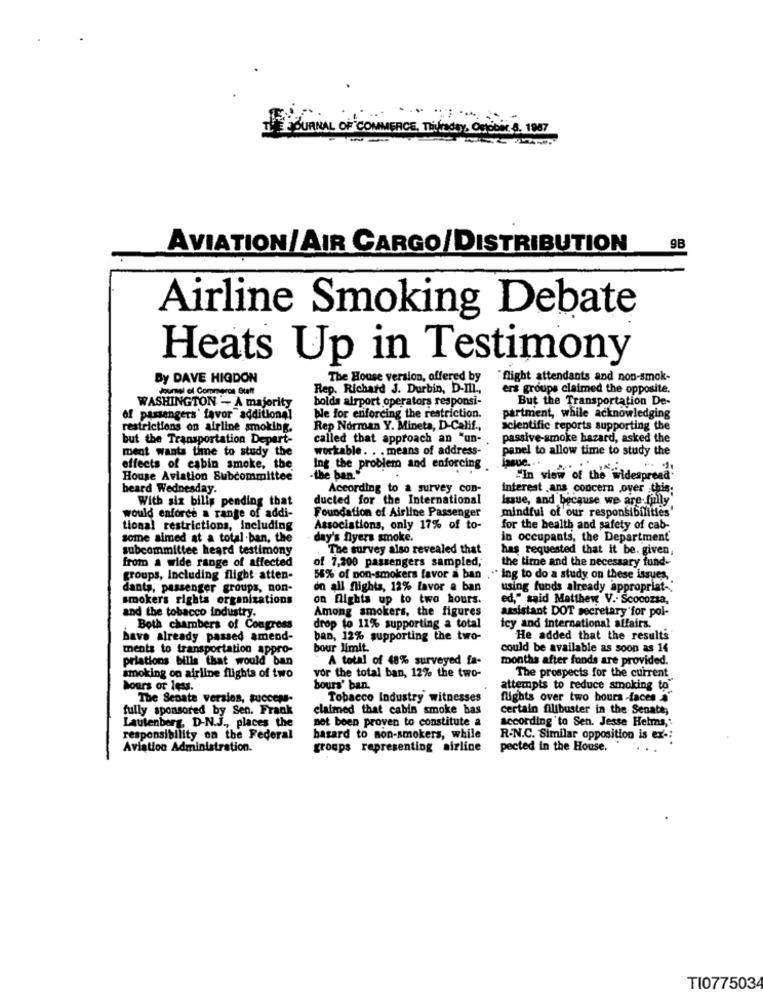
#‘co
IMERCE, Thursday, October 8, 1987
AVIATION/AIR CARGO/DISTRIBUTION
9B
Airline Smoking Debate
Heats Up in Testimony
By DAVE HIGDON
The House version, offered by
"flight attendants and non-smok-
Journal of Commerce Staff
Rep. Richard J. Durbin, D-Ill .,
ers groups claimed the opposite.
bolds airport operators responsi-
But the Transportation De-
WASHINGTON - A majority
of passengers' favor "additional
ble for enforcing the restriction.
partment, while acknowledging
restrictions on airline smoking.
Rep Norman Y. Mineta, D-Calif .,
scientific reports supporting the
but the Transportation Depart-
called that approach an "un-
passive-smoke hazard, asked the
ment wants time to study the
workable. . . means of address-
panel to allow time to study the
aque.
effects of cabin smoke, the
Ing the problem and enforcing
House Aviation Subcommittee
-the ban."
"In view of the widespread'
beard Wednesday.
According to a survey con-
interest .ans concern over this;
With six bills pending that
ducted for the International
issue, and because we are fully
mindful of our responsibilities'
would enforce a range of addi-
Foundation of Airline Passenger
tional restrictions, including
Associations, only 17% of to-
for the health and safety of cab-
some aimed at a total-ban, the
day's flyers smoke.
in occupants, the Department
subcommittee heard testimony
The survey also revealed that
has requested that it be. given;
from a wide range of affected
the time and the necessary fund-
of 7,200 passengers sampled;
groups, Including flight atten-
55% of non-smokers favor a ban ," ing to do a study on these issues,
dants, passenger groups, non-
on all flights, 12% favor a ban
using funds already appropriat-
smokers rights organizations
on flights up to two hours.
ed," said Matthew V .. Scocozza,
Among smokers, the figures
assistant DOT secretary for pol-
and the tobacco industry.
Both chambers of Congress
drop to 11% supporting a total
icy and international affairs.
have already passed amend-
ban, 12% supporting the two-
He added that the results
ments to transportation appro-
bour limit
could be available as soon as 14
priations bilis that would ban
A total of 48% surveyed fa-
months after fonds are provided.
smoking on airline flights of two
vor the total ban, 12% the two-
The prospects for the current
hours or less.
bours' ban.
attempts to reduce smoking to
The Senate version, success-
Tobacco Industry witnesses
flights over two hours -faces
fully sponsored by Sen. Frank
claimed that cabin smoke bas
certain filibuster in the Senate;
Lautenberg, D-N.J ., places the
according to Sen. Jesse Helms,'
not been proven to constitute a
responsibility on the Federal
bazard to non-smokers, while
R-N.C. Similar opposition is ex -:
Aviation Administration.
groups representing airline
pected in the House.
TI077503